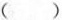
()